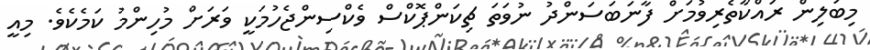
މިބަލިން ރައްކާތެރިވުމަށް ފާނަބަސަންދު ނުވަތަ ޗިކަންޕޮކްސް ވެކްސިންޖެހުމަކީ ވަރަށް މުހިންމު ކަމެކެވެ. މިއީ